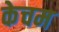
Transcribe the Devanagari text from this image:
केचम